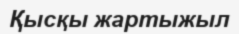
Қысқы жартыжыл